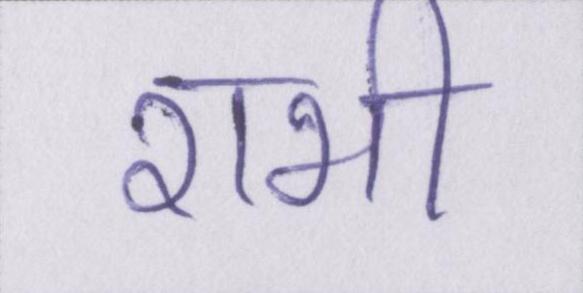
राभी